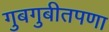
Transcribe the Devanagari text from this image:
गुबगुबीतपणा